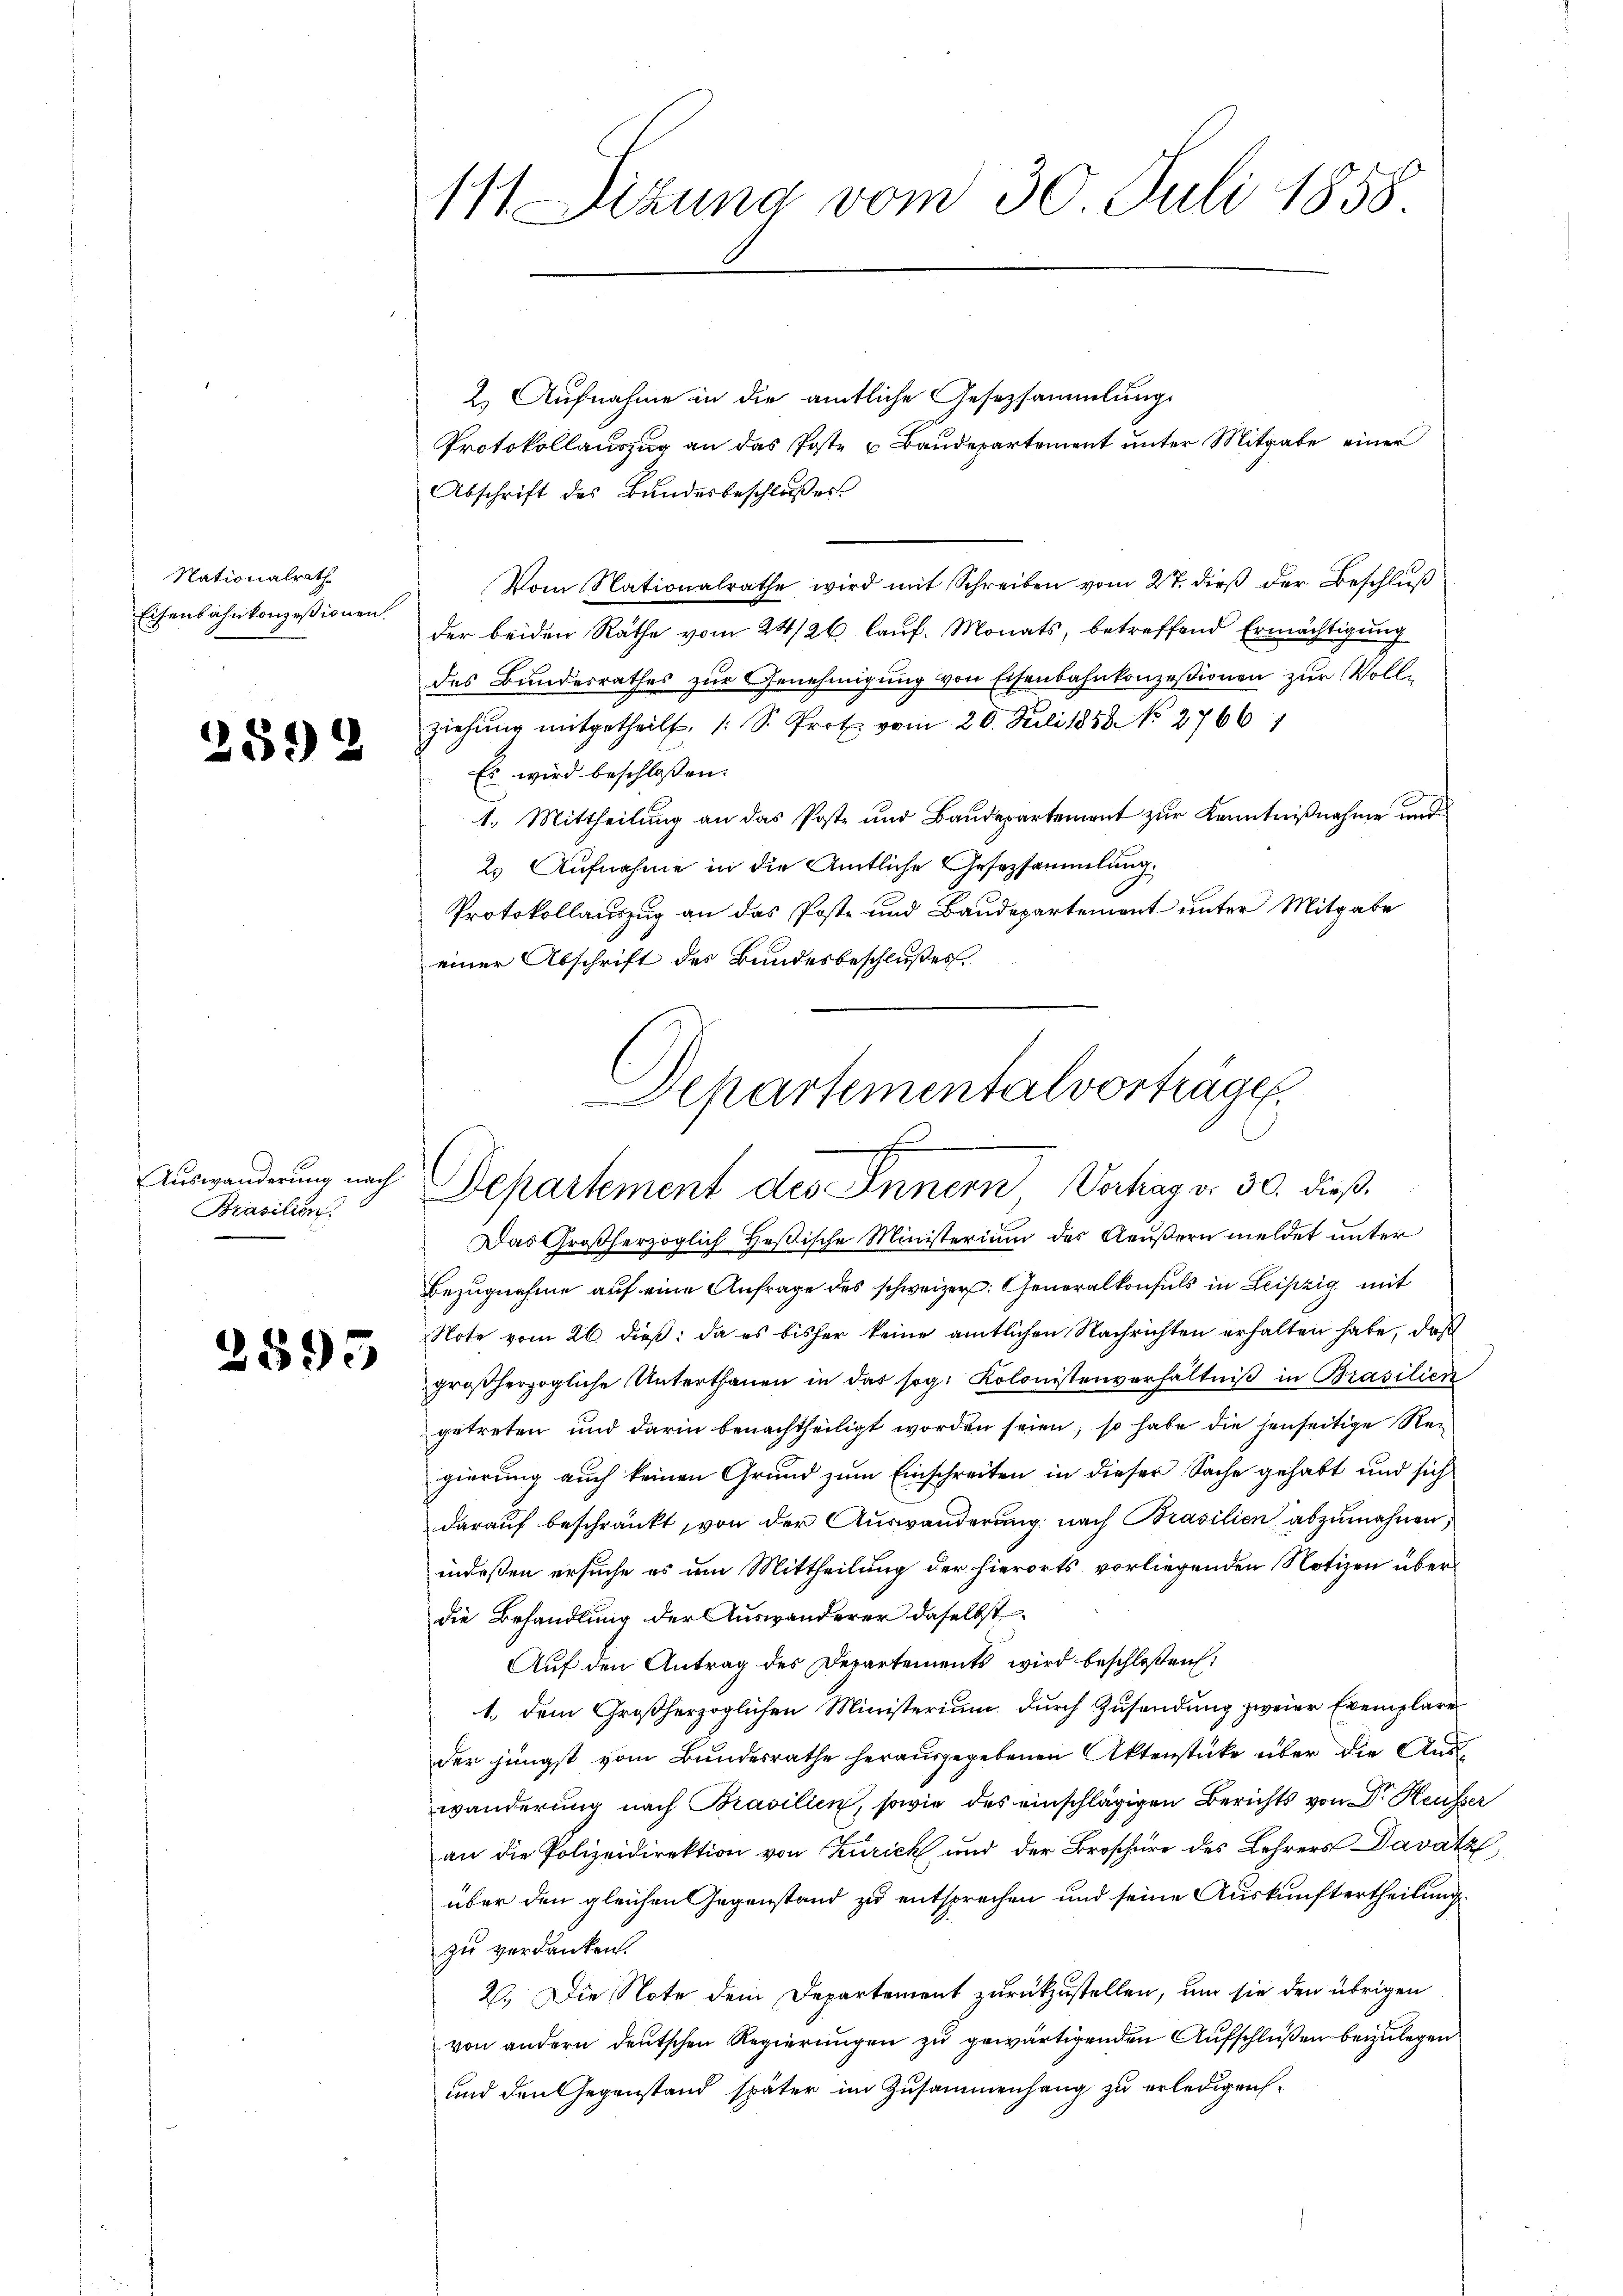
Nationalrath
Eisenbahnkonzessionen.

2592

Brasilien.

2595

111. Sitzung vom 30. Juli 1858.

2.) Aufnahme in die amtliche Gesetzsammlung
Protokollauszug an das Poste u Baudepartement unter Mitgabe einer
Abschrift des Bandesbeschlußes
Vom Nationalrathe wird mit Schreiben vom 27. dieβ der Beschluß
der beiden Rathe vom 24/26 lauf. Monats, betreffend Ermächtigung
des Bundesrathes zur Genehmigung von Eisenbahnkonzessionen zur Vollziehung mitgetheilt. (S. Prot vom 20. Juli 1858 No 27661
 Es wird beschloßen:
1. Mittheilung an das Poste und Baudepartement zur Kenntnißnahme und
2. Aufnahme in die Amtliche Gesetzsammlung.
Protokollauszug an das Poste und Baudepartement unter Mitgabe
einer Abschrift des Bundesbeschlußes.

Hepartementalvorträgen
c
Auswanderung nach Departement des Innern Vorhag v. 30. dieβ-

Das Großherzoglich Heßische Ministerium der Aeußern meldet unter
Bezugnahme auf eine Anfrage des schweizer. Generalkonsuls in Leipzig mit
Note vom 26. dieß: da es bisher keine amtlichen Nachrichten erhalten habe, daß
großherzogliche Unterthanen in das sog. Kolonistenverhältniß in Brasilien
getreten und darin benachtheiligt worden seien; so habe die jenseitige Regierung auch keinen Grund zum Einschreiten in dieser Sache gehabt und sich
darauf beschränkt, von der Auswanderung nach Brasilien abzunehren,
indeßen ersuche es um Mittheilung der hierorts vorliegenden Notizen überdie Behandlung der Auswanderer daselbst
Auf den Antrag des Departements wird beschloßen:
1.) Dem Großherzoglichen Ministerium durch Zusendung zweier Exemplarer
der jüngst vom Bundesrathe herausgegebenen Aktenstücke über die Aus
wanderung nach Brasilien, sowie des einschlägigen Berichts von Dr. Heusser
an die Polizeidirektion von Zürich und der Broschüre des Lehrers Davatal,
über den gleichen Gegenstand zu entsprechen und seine Auskunftertheilung
zu verdanken.
2. Die Note dem Departement zurückzustellen, um sie den übrigen
von andern deutschen Regierungen zu gewärtigenden Aufschlüßen beizulegen
und den Gegenstand später im Zusammenhang zu erledigen